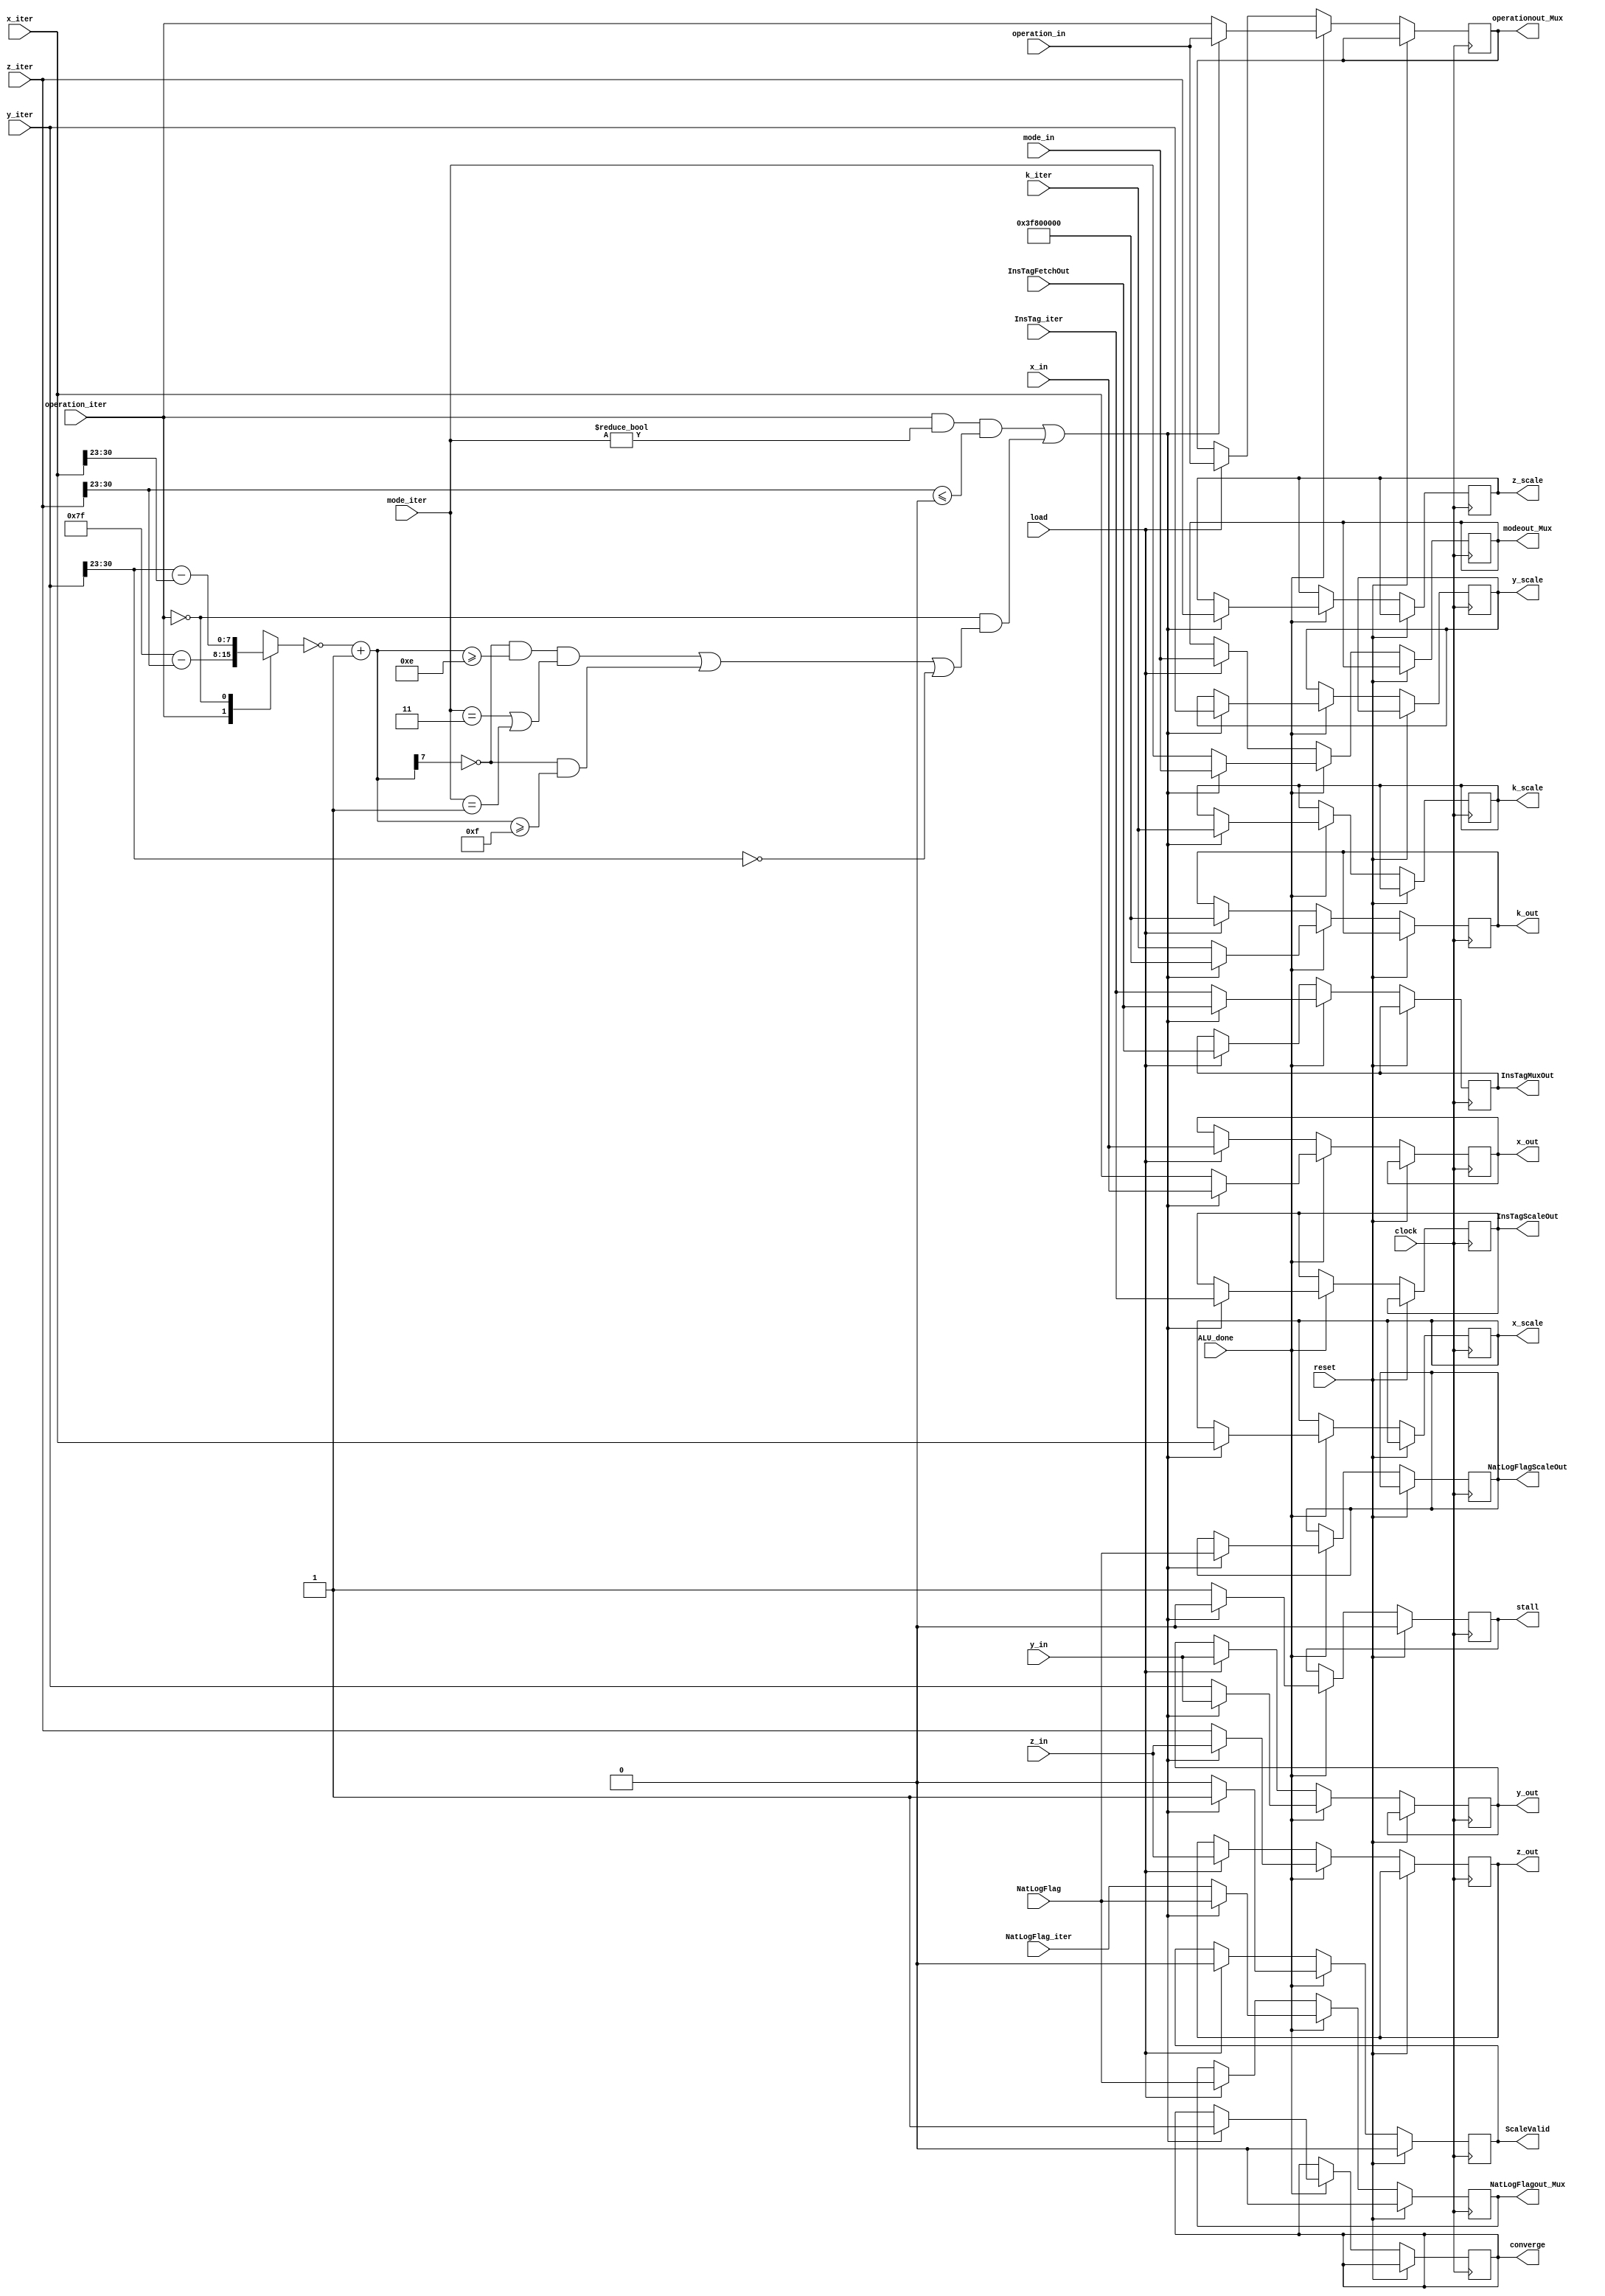
`timescale 1ns / 1ps
//////////////////////////////////////////////////////////////////////////////////
// Company: 
// Engineer: 
// 
// Design Name: 
// Module Name:    InputMux 
// Project Name: 
// Target Devices: 
// Tool versions: 
// Description: 
//
// Dependencies: 
//
// Revision: 
// Revision 0.01 - File Created
// Additional Comments: 
//
//////////////////////////////////////////////////////////////////////////////////
module InputMux(
    input [31:0] x_in,
    input [31:0] y_in,
    input [31:0] z_in,
    input [31:0] x_iter,
    input [31:0] y_iter,
    input [31:0] z_iter,
	 input [31:0] k_iter,
    input load,
	 input ALU_done,
	 input reset,
    input clock,
	 input [1:0] mode_in,
	 input operation_in,
	 input NatLogFlag,
	 input [1:0] mode_iter,
	 input operation_iter,
	 input NatLogFlag_iter,
	 input [7:0] InsTagFetchOut,
	 input [7:0] InsTag_iter,
    output reg [31:0] x_out,
    output reg [31:0] y_out,
    output reg [31:0] z_out,
    output reg [31:0] k_out,
    output reg [31:0] x_scale,
    output reg [31:0] y_scale,
    output reg [31:0] z_scale,
    output reg [31:0] k_scale,
	 output reg [1:0] modeout_Mux,
	 output reg operationout_Mux,
	 output reg NatLogFlagout_Mux = 1'b0,
	 output reg converge,
	 output reg stall = 1'b0,
	 output reg [7:0] InsTagMuxOut,
	 output reg [7:0] InsTagScaleOut,
	 output reg NatLogFlagScaleOut,
	 output reg ScaleValid = 1'b0
    );

reg [7:0] exponent, exponentbar;
	 
parameter rotation  = 1'b1, 
			 vectoring = 1'b0;
			 
parameter mode_circular    = 2'b01, 
			 mode_linear      = 2'b00, 
			 mode_hyperbolic  = 2'b11;
			 
always @ (*)
begin
	case (operation_iter)
	  rotation : exponent <= 8'b01111111 - z_iter[30:23];
	  vectoring : exponent <= y_iter[30:23] - x_iter[30:23];
	  default : exponent <= y_iter[30:23] - x_iter[30:23];
	endcase	
	exponentbar <= ~exponent + 8'b00000001 ;//Change Ankit
end

always @ ( posedge clock)
begin
	
	if (reset == 1'b1) begin
		stall <= 1'b0;
		ScaleValid <= 1'b0;
		NatLogFlagout_Mux <= 1'b0;
	end
	
	else begin
	if((ALU_done == 1'b1))
	begin
	    if (!((operation_iter==rotation && mode_iter !=mode_linear && z_iter[30:23] <= 8'b00000000)||(operation_iter==vectoring && ((exponentbar[7] == 1'b0 && exponentbar >= 8'b00001110 && ((mode_iter == 2'b11)|| (mode_iter==2'b01)))||(exponentbar[7] == 1'b0 && exponentbar >= 8'b00001111) || y_iter[30:23] == 8'b0))))
		//if (!((operation_iter==rotation && mode_iter !=mode_linear && z_iter[30:23] <= 8'b00000000)||(operation_iter==vectoring && ((exponentbar[7] == 1'b0 && exponentbar >= 8'b00001111) || y_iter[30:23] == 8'b0))))        // Change Ankit - 31-March
		//if (!((operation_iter==rotation && mode_iter !=mode_linear && z_iter[30:23] <= 8'b00000000)||(operation_iter==vectoring && exponentbar[7] == 1'b0 && exponentbar >= 8'b00001111)))
		begin
			x_out <= x_iter;
			y_out <= y_iter;
			z_out <= z_iter;
			k_out <= k_iter;
			stall <= 1'b1;
			modeout_Mux <= mode_iter;
			operationout_Mux <= operation_iter;
			InsTagMuxOut <= InsTag_iter;
			ScaleValid <= 1'b0;
			NatLogFlagout_Mux <= NatLogFlag_iter;
		end
		else
		begin
			x_scale <= x_iter;
			y_scale <= y_iter;
			z_scale <= z_iter;
			k_scale <= k_iter;
			InsTagScaleOut <= InsTag_iter;
			ScaleValid <= 1'b1;
			converge <= 1'b1;
			stall <= 1'b0;
			NatLogFlagScaleOut <= NatLogFlag;
			
			x_out <= x_in;
			y_out <= y_in;
			z_out <= z_in;
			k_out <= 32'h3f800000;
			modeout_Mux <= mode_in;
			operationout_Mux <= operation_in;
			InsTagMuxOut <= InsTagFetchOut;
			NatLogFlagout_Mux <= NatLogFlag;
		end
	end
	
	else if ((load == 1'b1))
	begin
		x_out <= x_in;
		y_out <= y_in;
		z_out <= z_in;
		k_out <= 32'h3f800000;
		modeout_Mux <= mode_in;
		operationout_Mux <= operation_in;
		InsTagMuxOut <= InsTagFetchOut;
		ScaleValid <= 1'b0;
		NatLogFlagout_Mux <= NatLogFlag;
	end
	
	end
		
end

endmodule